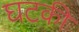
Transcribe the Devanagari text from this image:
घटकी